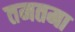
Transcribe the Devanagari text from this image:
तमतमा